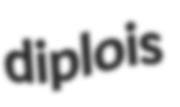
diplois